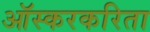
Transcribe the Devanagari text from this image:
ऑस्करकरिता